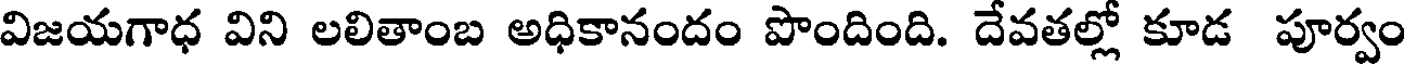
విజయగాధ విని లలితాంబ అధికానందం పొందింది. దేవతల్లో కూడ పూర్వం